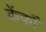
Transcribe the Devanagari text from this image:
क्रेंकों